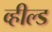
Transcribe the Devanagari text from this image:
व्हील्ड